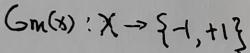
$G_{\mathbb{M}}(x): x \to \{-1,+1\}$